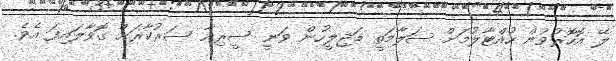
ލޭ އޮހޮރުވުން ހުއްޓާލުމަށް ސަލާމަތީ މަޖިލީހުން ވަނީ ސީރިއާ ސަރުކާރަށް ގޮވާލައިފަ އެވެ.